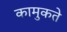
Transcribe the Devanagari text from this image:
कामुकते